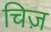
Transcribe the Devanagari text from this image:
चिज़